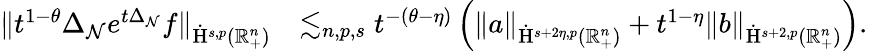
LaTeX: \begin{array}{rl}{\lVert t^{1-\theta}\Delta_{\mathcal{N}}e^{t\Delta_{\mathcal{N}}}f\rVert_{\dot{\mathrm{H}}^{s,p}(\mathbb{R}_{+}^{n})}}&{\lesssim_{n,p,s}t^{-(\theta-\eta)}\left(\lVert{a}\rVert_{\dot{\mathrm{H}}^{s+2\eta,p}(\mathbb{R}_{+}^{n})}+t^{1-\eta}\lVert{b}\rVert_{\dot{\mathrm{H}}^{s+2,p}(\mathbb{R}_{+}^{n})}\right)\mathrm{.~}}\end{array}